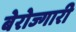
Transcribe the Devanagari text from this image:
बेरोज्गारी